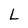
Character: L